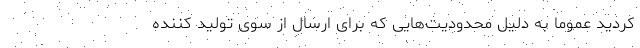
کردید عموما به دلیل محدودیت‌هایی که برای ارسال از سوی تولید کننده